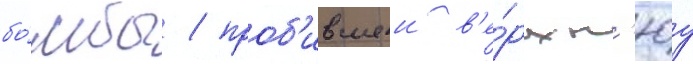
бо́мбы / проб'ившеи в'е́рхн'юу